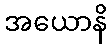
အယောနိ